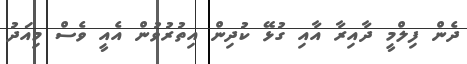
ދެން ފިލްމީ ދާއިރާ އާއި ގުޅޭ ކުދިން އިތުރުވުން އެއީ ވެސް މިއަދު